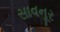
સાવનૂર